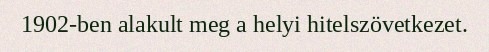
1902-ben alakult meg a helyi hitelszövetkezet.